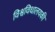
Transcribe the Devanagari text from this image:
विश्वविधालयकी